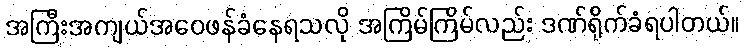
အကြီးအကျယ်အဝေဖန်ခံနေရသလို အကြိမ်ကြိမ်လည်း ဒဏ်ရိုက်ခံရပါတယ်။